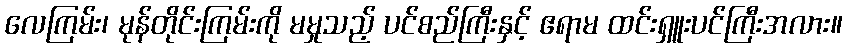
လေကြမ်း၊ မုန်တိုင်းကြမ်းကို မမှုသည့် ပင်စည်ကြီးနှင့် ဧရာမ ထင်းရှူးပင်ကြီးအလား။